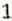
1